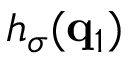
h _ { \sigma } ( \mathbf { q } _ { 1 } )